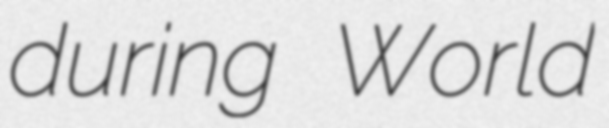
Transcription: during World